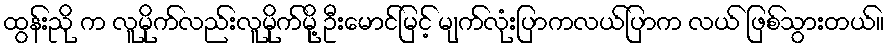
ထွန်းညို က လူမိုက်လည်းလူမိုက်မို့ ဦးမောင်မြင့် မျက်လုံးပြာကလယ်ပြာက လယ် ဖြစ်သွားတယ်။